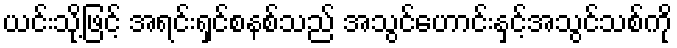
ယင်းသို့ဖြင့် အရင်းရှင်စနစ်သည် အသွင်ဟောင်းနှင့်အသွင်သစ်ကို